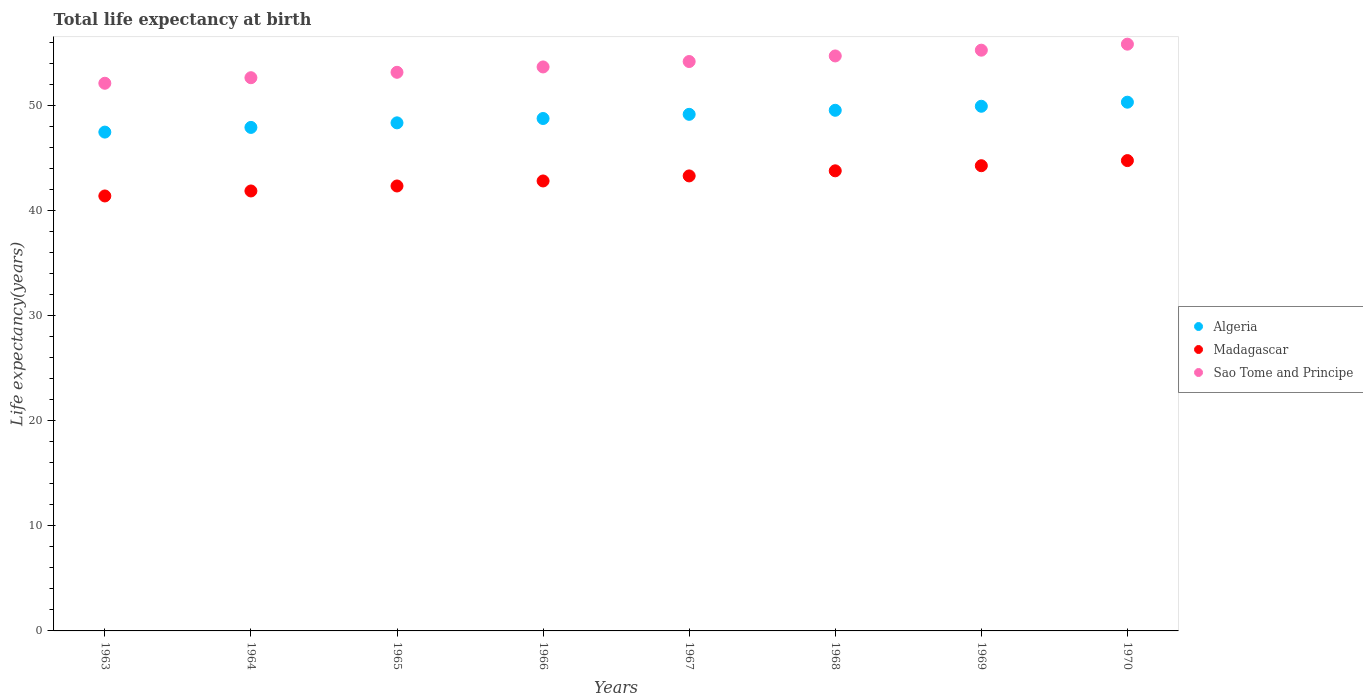
| Years | Algeria | Madagascar | Sao Tome and Principe |
 | --- | --- | --- | --- |
 | 1963 | 47.5 | 41.4 | 52.1 |
 | 1964 | 47.9 | 41.9 | 52.7 |
 | 1965 | 48.4 | 42.4 | 53.2 |
 | 1966 | 48.8 | 42.8 | 53.7 |
 | 1967 | 49.2 | 43.3 | 54.2 |
 | 1968 | 49.6 | 43.8 | 54.7 |
 | 1969 | 50 | 44.3 | 55.3 |
 | 1970 | 50.3 | 44.8 | 55.9 |